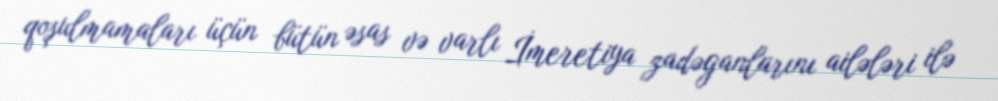
qoşulmamaları üçün bütün əsas və varlı İmeretiya zadəganlarını ailələri ilə